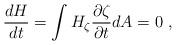
LaTeX: \begin{align*}\frac{dH}{dt}= \int H_{\zeta} \frac{\partial \zeta}{\partial t} dA = 0~,\end{align*}